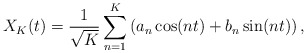
\begin{align*}X_{K}(t)=\frac{1}{\sqrt{K}}\sum^{K}_{n=1}\left(a_{n}\cos(nt)+b_n\sin(nt)\right),\end{align*}